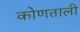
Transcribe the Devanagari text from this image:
कोणताली